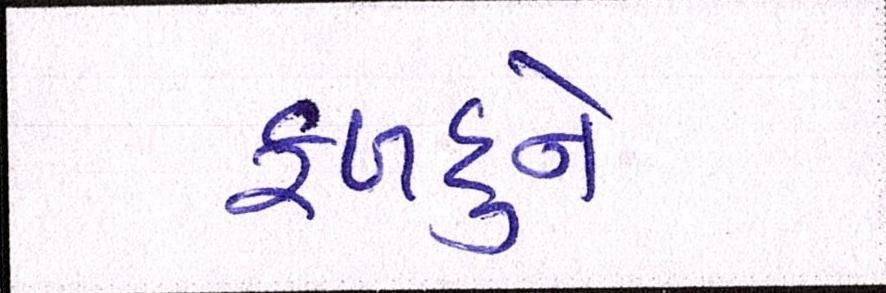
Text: ફળદુને